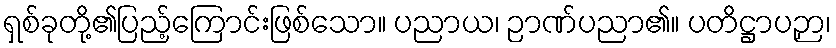
ရှစ်ခုတို့၏ပြည့်ကြောင်းဖြစ်သော။ ပညာယ၊ ဉာဏ်ပညာ၏။ ပတိဋ္ဌာပဉှာ၊